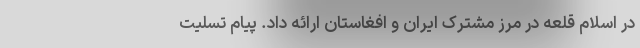
در اسلام قلعه در مرز مشترک ایران و افغاستان ارائه داد. پیام تسلیت